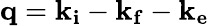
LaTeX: \mathbf{q}=\mathbf{k_{i}}-\mathbf{k_{f}}-\mathbf{k_{e}}